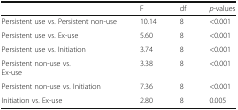
|  | F | df | p-values |
 | --- | --- | --- | --- |
 | Persistent use vs. Persistent non-use | 10.14 | 8 | <0.001 |
 | Persistent use vs. Ex-use | 5.60 | 8 | <0.001 |
 | Persistent use vs. Initiation | 3.74 | 8 | <0.001 |
 | Persistent non-use vs.Ex-use | 3.38 | 8 | <0.001 |
 | Persistent non-use vs. Initiation | 7.36 | 8 | <0.001 |
 | Initiation vs. Ex-use | 2.80 | 8 | 0.005 |